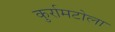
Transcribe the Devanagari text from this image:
कुर्रामटोला